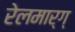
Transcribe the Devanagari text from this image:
रेलमार्ग्